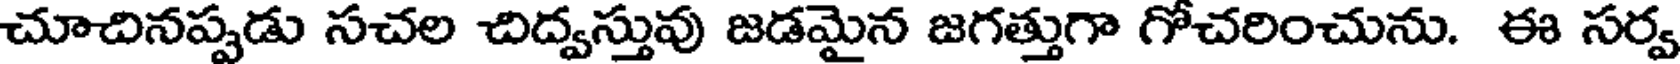
చూచినప్పడు సచల చిద్వస్తువు జడమైన జగత్తుగా గోచరించును. ఈ సర్వ